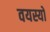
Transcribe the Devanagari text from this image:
वयस्यों